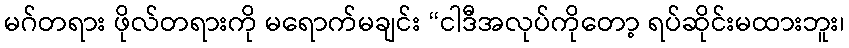
မဂ်တရား ဖိုလ်တရားကို မရောက်မချင်း “ငါဒီအလုပ်ကိုတော့ ရပ်ဆိုင်းမထားဘူး၊